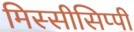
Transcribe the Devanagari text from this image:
मिस्सीसिप्पी